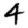
Digit: 4